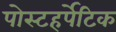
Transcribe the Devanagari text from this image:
पोस्टहर्पेटिक